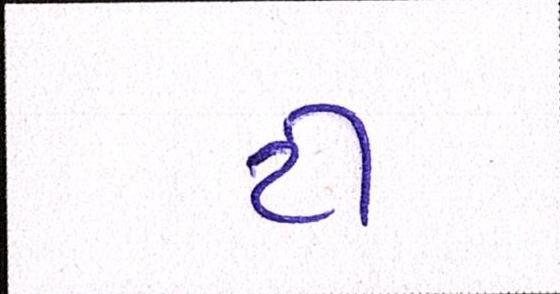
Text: ટી